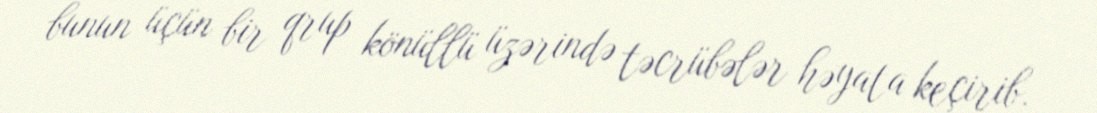
bunun üçün bir qrup könüllü üzərində təcrübələr həyata keçirib.